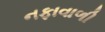
નફાવાળી